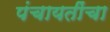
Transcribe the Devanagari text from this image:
पंचायतींचा